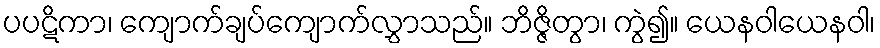
ပပဋိကာ၊ ကျောက်ချပ်ကျောက်လွှာသည်။ ဘိဇ္ဇိတွာ၊ ကွဲ၍။ ယေနဝါယေနဝါ၊